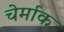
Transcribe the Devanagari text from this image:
चेर्माक